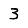
Digit: 3